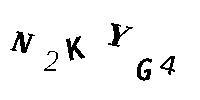
N2KYG4